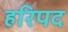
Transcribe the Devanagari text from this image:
हरिपद